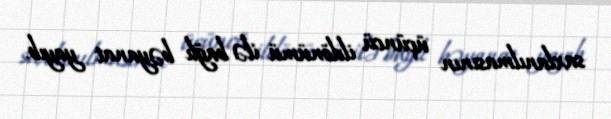
saxlanılmasının üçüncü ildönümü ilə bağlı bəyanat yayıb.